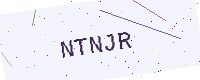
Text: NTNJR